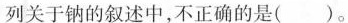
列关于钠的叙述中，不正确的是( )。